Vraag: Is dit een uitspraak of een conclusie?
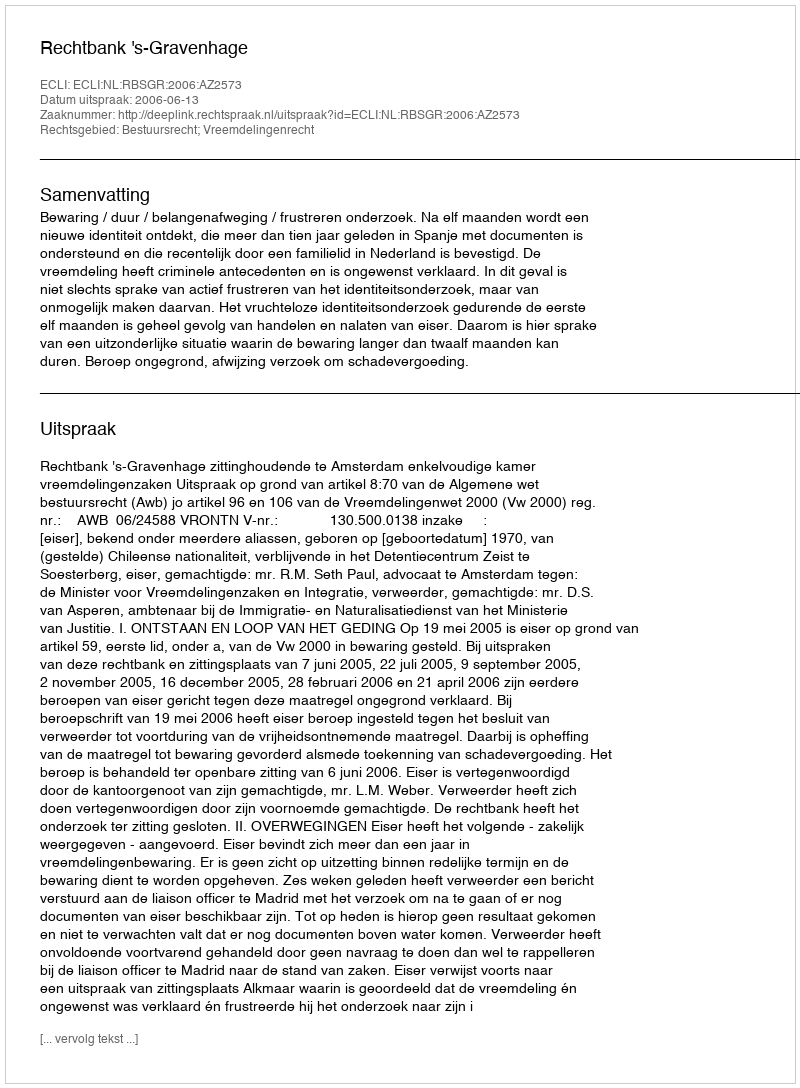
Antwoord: Uitspraak